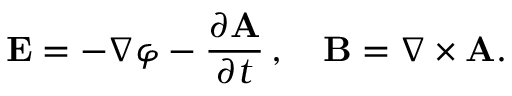
{ \mathbf { E } } = - \nabla \varphi - { \frac { \partial { \mathbf { A } } } { \partial t } } \, , \quad { \mathbf { B } } = \nabla \times { \mathbf { A } } .